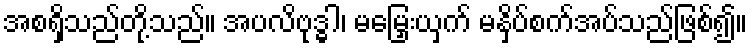
အစရှိသည်တို့သည်။ အပလိဗုဒ္ဓါ၊ မမြှေးယှက် မနှိပ်စက်အပ်သည်ဖြစ်၍။